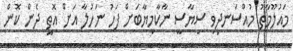
މައުލޫމާތު މުއްސަނދިވި ސިޔާސީ ނާކާމިޔާބަށް ފަހު ނަހުލާ އަށް އޮތީ ދެން ކޮން